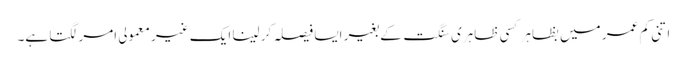
اتنی کم عمر میں بظاہر کسی ظاہری سنگت کے بغیر ایسا فیصلہ کر لینا ایک غیر معمولی امر لگتا ہے۔